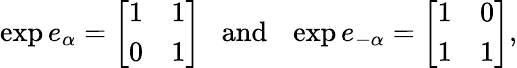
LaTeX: \exp e_{\alpha}=\left[\begin{array}{cc}{{1}}&{{1}}\\ {{0}}&{{1}}\end{array}\right]~~~\mathrm{and}~~~\exp e_{-\alpha}=\left[\begin{array}{cc}{{1}}&{{0}}\\ {{1}}&{{1}}\end{array}\right],